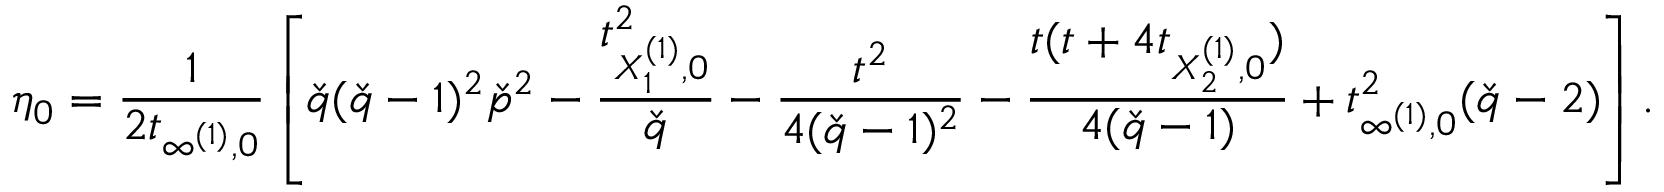
\eta _ { 0 } = \frac { 1 } { 2 t _ { \infty ^ { ( 1 ) } , 0 } } \left[ \check { q } ( \check { q } - 1 ) ^ { 2 } \check { p } ^ { 2 } - \frac { t _ { X _ { 1 } ^ { ( 1 ) } , 0 } ^ { 2 } } { \check { q } } - \frac { t ^ { 2 } } { 4 ( \check { q } - 1 ) ^ { 2 } } - \frac { t ( t + 4 t _ { X _ { 2 } ^ { ( 1 ) } , 0 } ) } { 4 ( \check { q } - 1 ) } + t _ { \infty ^ { ( 1 ) } , 0 } ^ { 2 } ( \check { q } - 2 ) \right] .